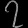
Digit: ၇